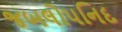
જબલોપનિદ